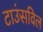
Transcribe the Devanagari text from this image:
टाउंसविल